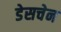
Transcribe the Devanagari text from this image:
डेसचेन